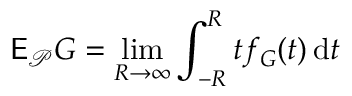
\mathsf E _ { \mathcal P } G = \operatorname* { l i m } _ { R \to \infty } \int _ { - R } ^ { R } t f _ { G } ( t ) \, \mathrm d t